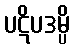
ပဋိပဒမ္ပိ